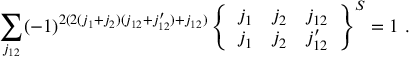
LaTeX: \sum _ { j _ { 1 2 } } ( - 1 ) ^ { 2 ( 2 ( j _ { 1 } + j _ { 2 } ) ( j _ { 1 2 } + j _ { 1 2 } ^ { \prime } ) + j _ { 1 2 } ) } \left\{ \begin{array} { c c c } { { j _ { 1 } } } & { { j _ { 2 } } } & { { j _ { 1 2 } } } \\ { { j _ { 1 } } } & { { j _ { 2 } } } & { { j _ { 1 2 } ^ { \prime } } } \end{array} \right\} ^ { S } = 1 ~ .